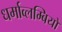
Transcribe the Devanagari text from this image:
धर्माव्लम्बियों